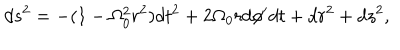
d s ^ { 2 } = - ( 1 - \Omega _ { 0 } ^ { 2 } r ^ { 2 } ) d t ^ { 2 } + 2 \Omega _ { 0 } r d \phi ^ { \prime } d t + d r ^ { 2 } + d z ^ { 2 } ,